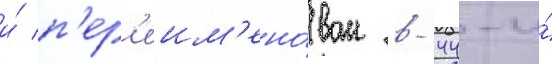
и́ п'ер'еим'ено́ван в 44-и́